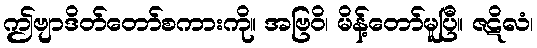
ဤဗျာဒိတ်တော်စကားကို။ အဗြဝိ၊ မိန့်တော်မူပြီ။ ဇဋိလံ၊